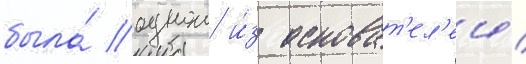
была́ однои и́з основат'ел'еи